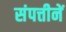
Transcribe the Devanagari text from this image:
संपत्तीनें